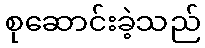
စုဆောင်းခဲ့သည်